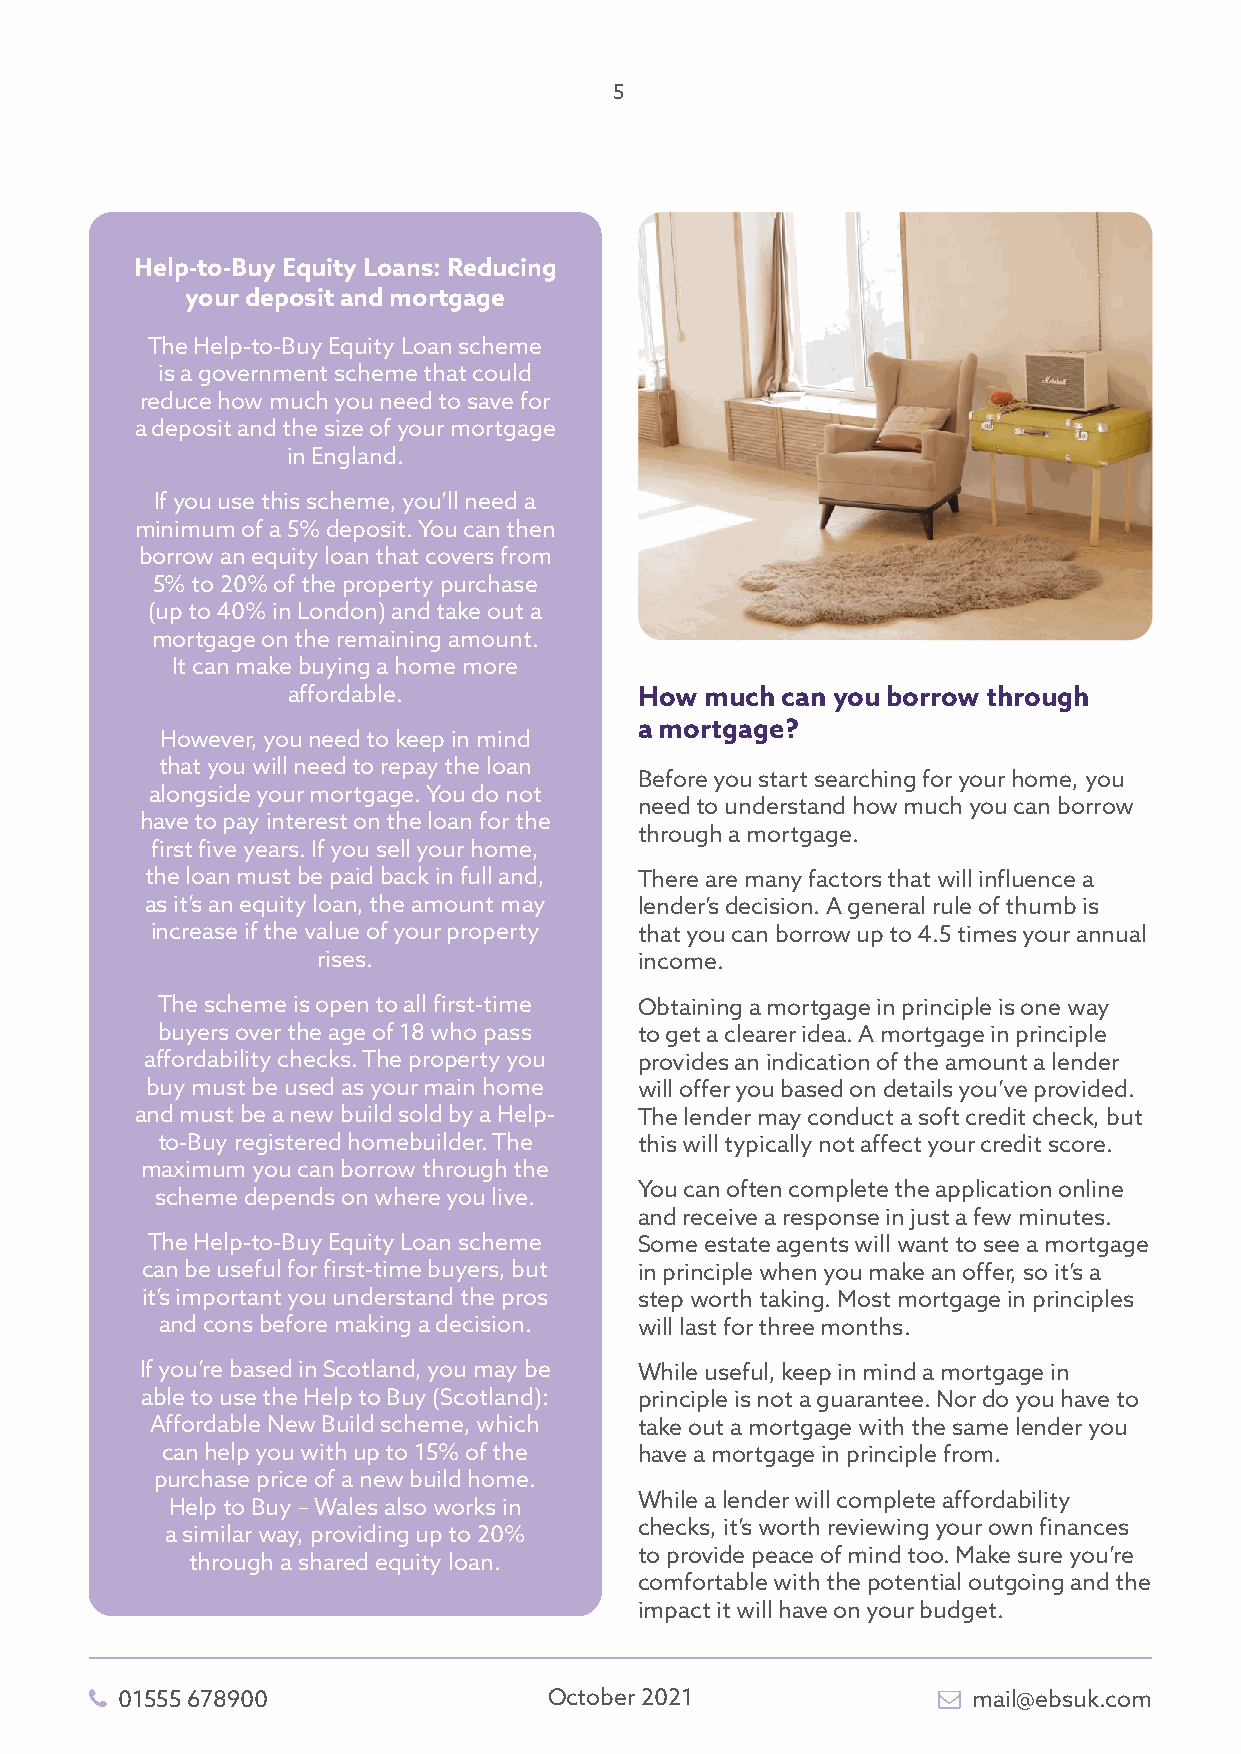
5
 Help-to-Buy Equity Loans: Reducing
 your deposit and mortgage
 The Help-to-Buy Equity Loan scheme
 is a government scheme that could
 reduce how much you need to save for
 a deposit and the size of your mortgage
 in England.
 If you use this scheme, you’ll need a
 minimum of a 5% deposit. You can then
 borrow an equity loan that covers from
 5% to 20% of the property purchase
 (up to 40% in London) and take out a
 mortgage on the remaining amount.
 It can make buying a home more
 affordable.            How  much can you borrow through
 a mortgage?
 However, you need to keep in mind
 that you will need to repay the loan
 Before you start searching for your home, you
 alongside your mortgage. You do not
 need to understand how much you can borrow
 have to pay interest on the loan for the
 through a mortgage.
 first five years. If you sell your home,
 the loan must be paid back in full and, There are many factors that will influence a
 as it’s an equity loan, the amount may lender’s decision. A general rule of thumb is
 increase if the value of your property that you can borrow up to 4.5 times your annual
 rises.               income.
 The scheme is open to all first-time Obtaining a mortgage in principle is one way
 buyers over the age of 18 who pass to get a clearer idea. A mortgage in principle
 affordability checks. The property you provides an indication of the amount a lender
 buy must be used as your main home will offer you based on details you’ve provided.
 and must be a new build sold by a Help- The lender may conduct a soft credit check, but
 to-Buy registered homebuilder. The this will typically not affect your credit score.
 maximum you can borrow through the
 You can often complete the application online
 scheme depends on where you live.
 and receive a response in just a few minutes.
 The Help-to-Buy Equity Loan scheme Some estate agents will want to see a mortgage
 can be useful for first-time buyers, but in principle when you make an offer, so it’s a
 it’s important you understand the pros step worth taking. Most mortgage in principles
 and cons before making a decision. will last for three months.
 If you’re based in Scotland, you may be While useful, keep in mind a mortgage in
 able to use the Help to Buy (Scotland): principle is not a guarantee. Nor do you have to
 Affordable New Build scheme, which take out a mortgage with the same lender you
 can help you with up to 15% of the have a mortgage in principle from.
 purchase price of a new build home.
 While a lender will complete affordability
 Help to Buy – Wales also works in
 checks, it’s worth reviewing your own finances
 a similar way, providing up to 20%
 to provide peace of mind too. Make sure you’re
 through a shared equity loan.
 comfortable with the potential outgoing and the
 impact it will have on your budget.
  01555 678900                October 2021               mail@ebsuk.com